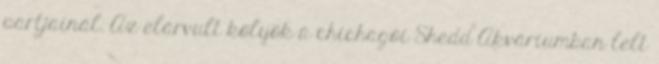
partjainál. Az elárvult kölyök a chichagói Shedd Akváriumban lelt